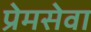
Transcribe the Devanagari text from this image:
प्रेमसेवा